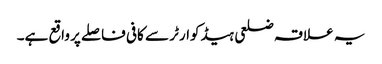
یہ علاقہ ضلعی ہیڈکوارٹر سے کافی فاصلے پر واقع ہے۔